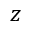
z